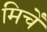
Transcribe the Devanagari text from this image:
मिर्चें